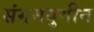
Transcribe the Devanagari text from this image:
संगमयुगीन